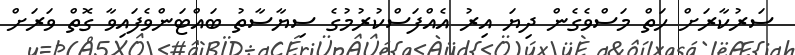
ސަރުކާރަށް ހަތް މަސްވެގެން ދިޔަ އިރު އެއްފަސްކުރުމުގެ ސިޔާސާތު ބައްޓަންވެފައިވާ ގޮތް ވަރަށް